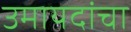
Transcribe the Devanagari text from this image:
उमायदांचा